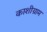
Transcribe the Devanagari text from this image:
काशीग्राम